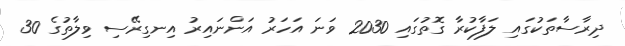
ދިރާސާތަކުގައި ލަފާކުރާ ގޮތުގައި 2030 ވަނަ އަހަރު އަންނައިރު އިނގިރޭސި ވިލާތުގެ 30